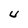
Character: U